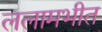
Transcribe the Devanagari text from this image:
ललामभीत